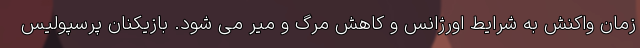
زمان واکنش به شرایط اورژانس و کاهش مرگ و میر می شود. بازیکنان پرسپولیس